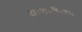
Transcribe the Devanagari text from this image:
दा०गो०हि०का०